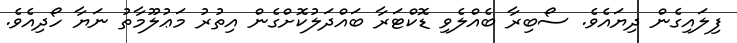
ފިލައިގެން ދިޔައެވެ. ސޯބިރާ ބެއްލެވި ޑޮކްޓަރާ ބައްދަލުކޮށްގެން އިތުރު މަޢުލޫމާތު ނަޔާ ހޯދިއެވެ.